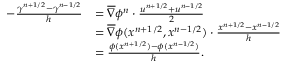
\begin{array} { r l } { - \frac { \gamma ^ { n + 1 / 2 } - \gamma ^ { n - 1 / 2 } } { h } } & { = \overline { { \nabla } } \phi ^ { n } \cdot \frac { u ^ { n + 1 / 2 } + u ^ { n - 1 / 2 } } { 2 } } \\ & { = \overline { { \nabla } } \phi ( x ^ { n + 1 / 2 } , x ^ { n - 1 / 2 } ) \cdot \frac { x ^ { n + 1 / 2 } - x ^ { n - 1 / 2 } } { h } } \\ & { = \frac { \phi ( x ^ { n + 1 / 2 } ) - \phi ( x ^ { n - 1 / 2 } ) } { h } . } \end{array}